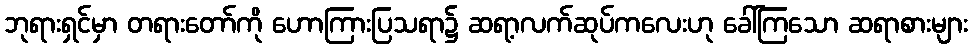
ဘုရားရှင်မှာ တရားတော်ကို ဟောကြားပြသရာ၌ ဆရာ့လက်ဆုပ်ကလေးဟု ခေါ်ကြသော ဆရာစားများ